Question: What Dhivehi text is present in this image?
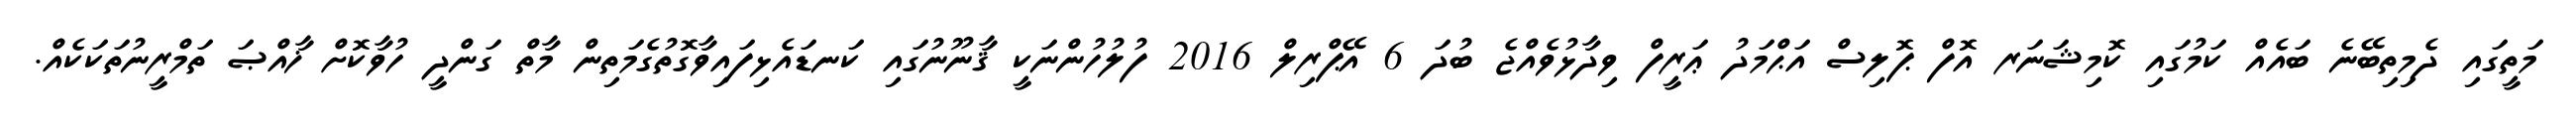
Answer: މަތީގައި ދެމިތިބޭނެ ބައެއް ކަމުގައި ކޮމިޝަނަރ އޮފް ޕޮލިސް އަޙްމަދު ޢަރީފް ވިދާޅުވެއްޖެ ބުދަ 6 އޭޕްރިލް 2016 ފުލުހުންނަކީ ޤާނޫނުގައި ކަނޑައެޅިފައިވާގޮތުގެމަތިން މާތް ގަންދީ ހުވާކޮށް ޚާއްޞަ ތަމްރީނުތަކަކެއް.